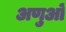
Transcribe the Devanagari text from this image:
अणुआें